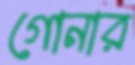
গোনার